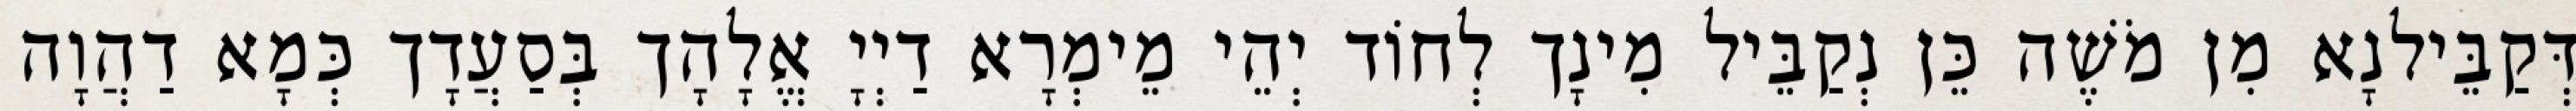
דְּקַבֵּילנָא מִן מֹשֶׁה כֵּן נְקַבֵּיל מִינָך לְחוֹד יְהֵי מֵימְרָא דַיְיָ אֱלָהָך בְּסַעֲדָך כְּמָא דַהֲוָה